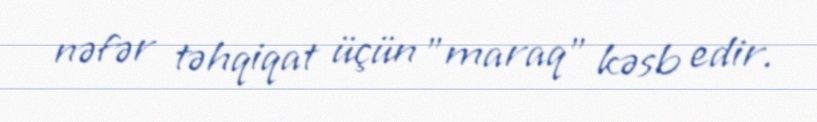
nəfər təhqiqat üçün "maraq" kəsb edir.